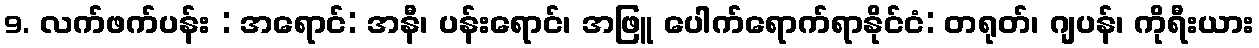
9. လက်ဖက်ပန်း : အရောင်: အနီ၊ ပန်းရောင်၊ အဖြူ ပေါက်ရောက်ရာနိုင်ငံ: တရုတ်၊ ဂျပန်၊ ကိုရီးယား